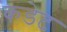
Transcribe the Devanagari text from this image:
कडेट